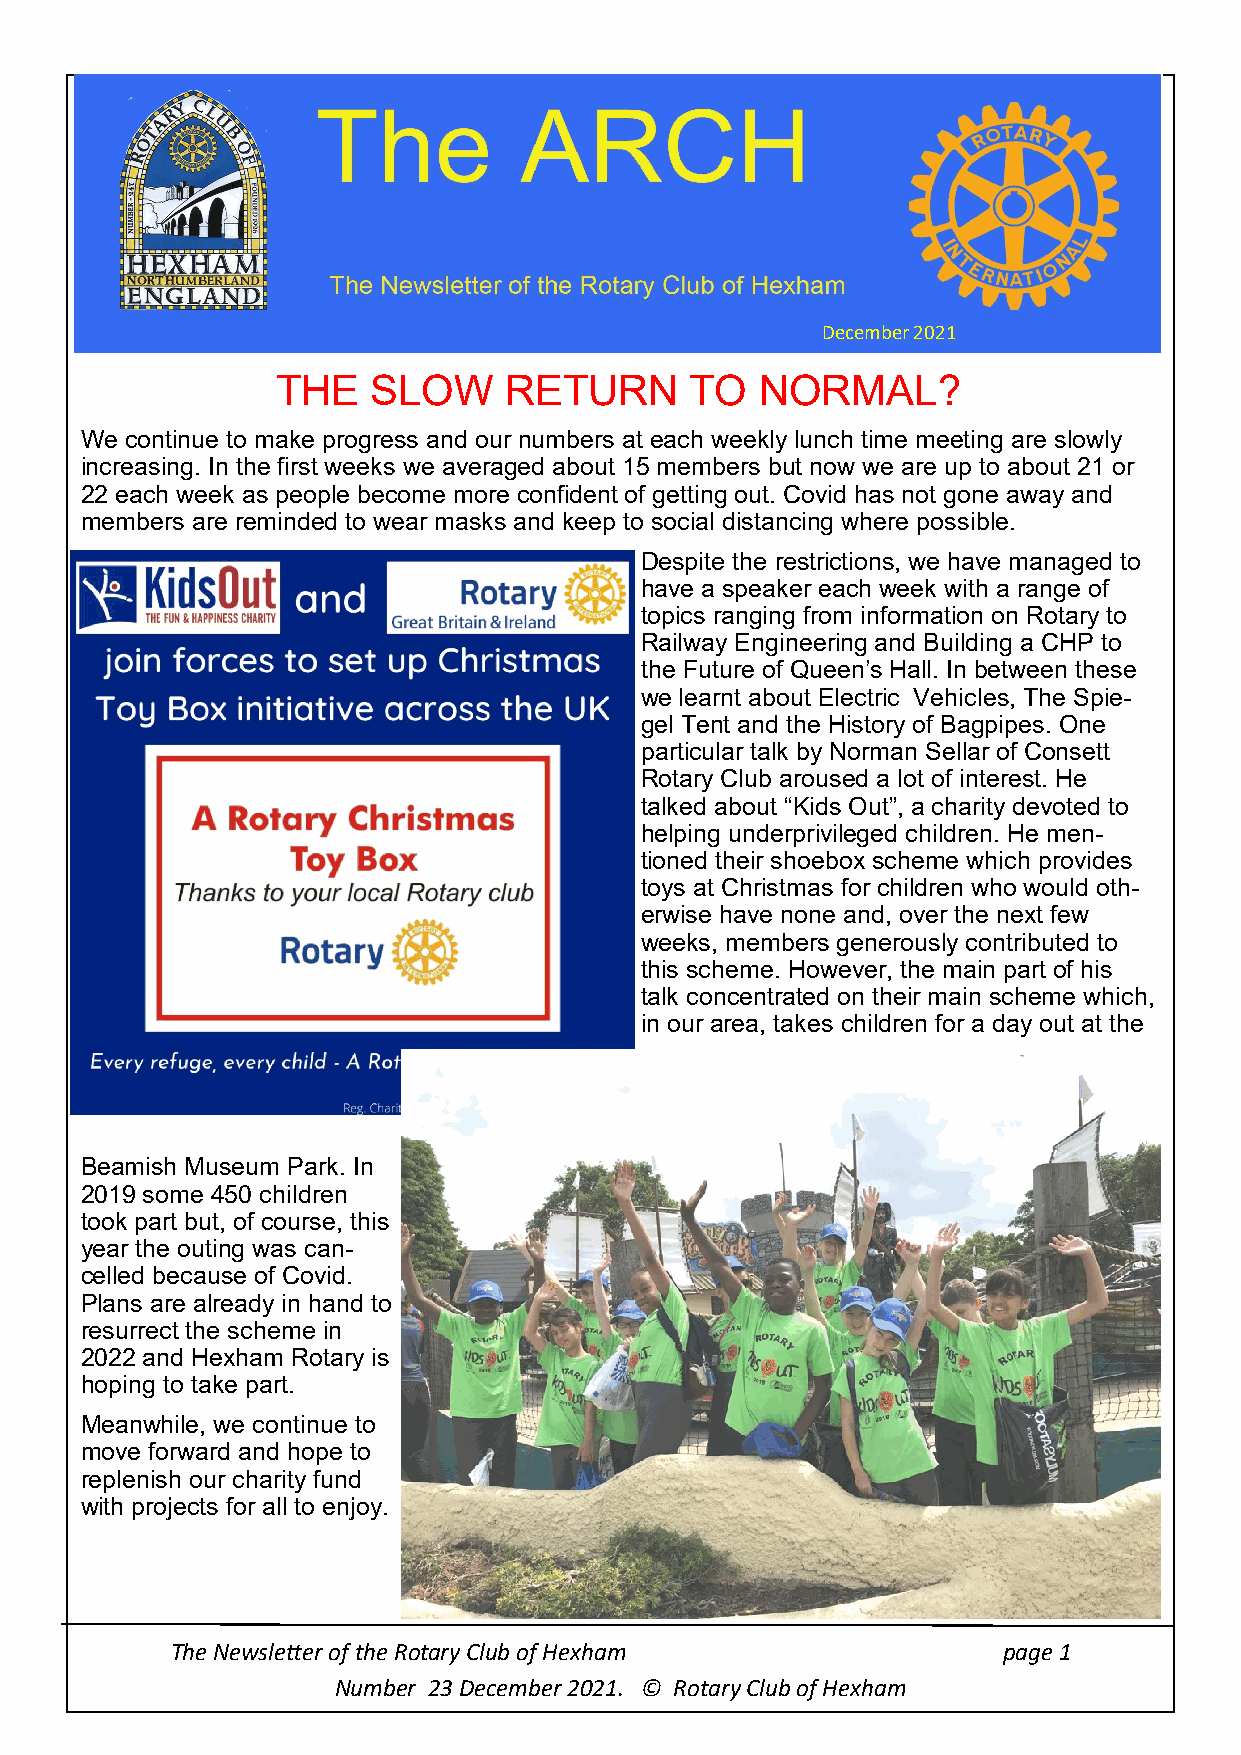
December 2021
 THE    SLOW    RETURN       TO  NORMAL?
 We continue to make progress and our numbers at each weekly lunch time meeting are slowly
 increasing. In the first weeks we averaged about 15 members but now we are up to about 21 or
 22 each week as people become more confident of getting out. Covid has not gone away and
 members are reminded to wear masks and keep to social distancing where possible.
 Despite the restrictions, we have managed to
 have a speaker each week with a range of
 topics ranging from information on Rotary to
 Railway Engineering and Building a CHP to
 the Future of Queen’s Hall. In between these
 we learnt about Electric Vehicles, The Spie-
 gel Tent and the History of Bagpipes. One
 particular talk by Norman Sellar of Consett
 Rotary Club aroused a lot of interest. He
 talked about “Kids Out”, a charity devoted to
 helping underprivileged children. He men-
 tioned their shoebox scheme which provides
 toys at Christmas for children who would oth-
 erwise have none and, over the next few
 weeks, members generously contributed to
 this scheme. However, the main part of his
 talk concentrated on their main scheme which,
 in our area, takes children for a day out at the
 Beamish Museum Park. In
 2019 some 450 children
 took part but, of course, this
 year the outing was can-
 celled because of Covid.
 Plans are already in hand to
 resurrect the scheme in
 2022 and Hexham Rotary is
 hoping to take part.
 Meanwhile, we continue to
 move forward and hope to
 replenish our charity fund
 with projects for all to enjoy.
 The Newsletter of the Rotary Club of Hexham            page 1
 Number 23 December 2021. © Rotary Club of Hexham